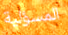
المسؤلية